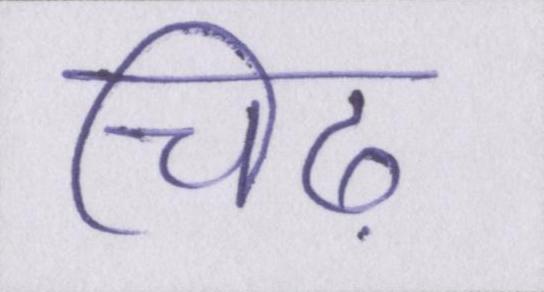
चिढ़